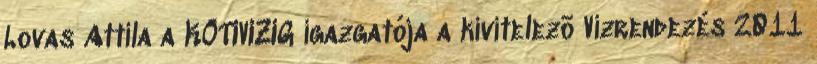
Lovas Attila a KÖTIVIZIG igazgatója a kivitelezõ Vízrendezés 2011